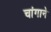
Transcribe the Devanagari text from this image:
चांगाने